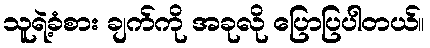
သူရဲ့ခံစား ချက်ကို အခုလို ပြောပြပါတယ်။